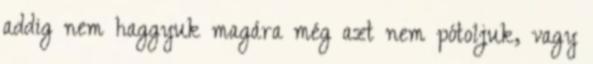
addig nem haggyuk magára még azt nem pótoljuk, vagy